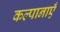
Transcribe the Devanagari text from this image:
कल्पानाएँ